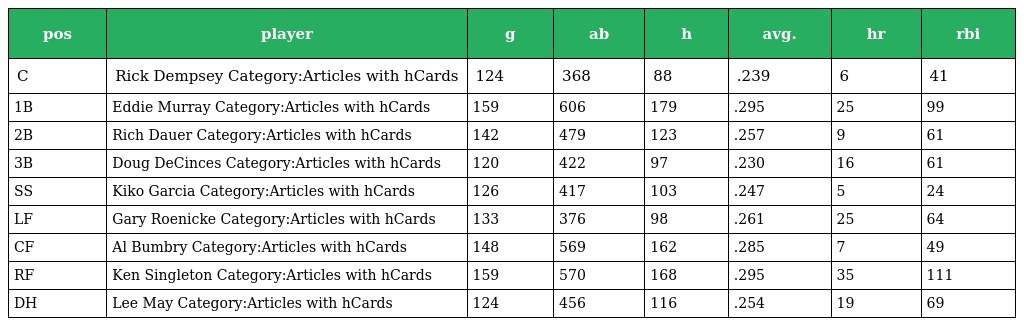
| pos | player | g | ab | h | avg. | hr | rbi |
 | --- | --- | --- | --- | --- | --- | --- | --- |
 | C | Rick Dempsey Category:Articles with hCards | 124 | 368 | 88 | .239 | 6 | 41 |
 | 1B | Eddie Murray Category:Articles with hCards | 159 | 606 | 179 | .295 | 25 | 99 |
 | 2B | Rich Dauer Category:Articles with hCards | 142 | 479 | 123 | .257 | 9 | 61 |
 | 3B | Doug DeCinces Category:Articles with hCards | 120 | 422 | 97 | .230 | 16 | 61 |
 | SS | Kiko Garcia Category:Articles with hCards | 126 | 417 | 103 | .247 | 5 | 24 |
 | LF | Gary Roenicke Category:Articles with hCards | 133 | 376 | 98 | .261 | 25 | 64 |
 | CF | Al Bumbry Category:Articles with hCards | 148 | 569 | 162 | .285 | 7 | 49 |
 | RF | Ken Singleton Category:Articles with hCards | 159 | 570 | 168 | .295 | 35 | 111 |
 | DH | Lee May Category:Articles with hCards | 124 | 456 | 116 | .254 | 19 | 69 |